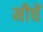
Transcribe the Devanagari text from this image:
मीचें